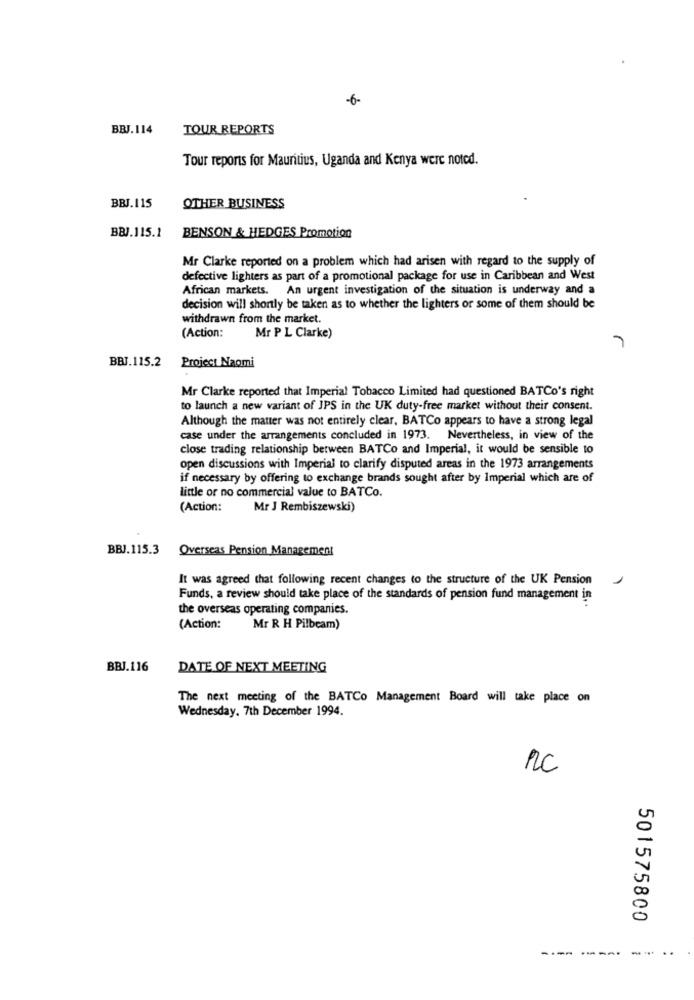
-6-
BBJ.114
TOUR REPORTS
Tour reports for Mauritius, Uganda and Kenya were noted.
BBJ.115
OTHER BUSINESS
BBJ.115.1
BENSON & HEDGES Promotion
Mr Clarke reported on a problem which had arisen with regard to the supply of
defective lighters as part of a promotional package for use in Caribbean and West
African markets. An urgent investigation of the situation is underway and a
decision will shortly be taken as to whether the lighters or some of them should be
withdrawn from the market.
(Action:
Mr P L Clarke)
BBJ.115.2
Project Naomi
Mr Clarke reported that Imperial Tobacco Limited had questioned BATCo's right
to launch a new variant of JPS in the UK duty-free market without their consent.
Although the matter was not entirely clear, BATCo appears to have a strong legal
case under the arrangements concluded in 1973.
Nevertheless, in view of the
close trading relationship between BATCo and Imperial, it would be sensible to
open discussions with Imperial to clarify disputed areas in the 1973 arrangements
if necessary by offering to exchange brands sought after by Imperial which are of
little or no commercial value to BATCo.
(Action:
Mr J Rembiszewski)
BBJ. 115.3 Overseas Pension Management
It was agreed that following recent changes to the structure of the UK Pension
Funds, a review should take place of the standards of pension fund management in
the overseas operating companies.
(Action:
Mr R H Pilbcam)
BBJ.116
DATE OF NEXT MEETING
The next meeting of the BATCo Management Board will take place on
Wednesday. 7th December 1994.
RC
501575800
---------..